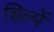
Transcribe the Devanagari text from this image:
शिल्पें